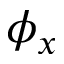
\phi _ { x }